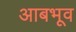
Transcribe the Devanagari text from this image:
आबभूव